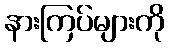
နားကြပ်များကို